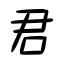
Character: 君